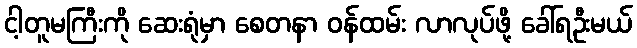
ငါ့တူမကြီးကို ဆေးရုံမှာ စေတနာ ဝန်ထမ်း လာလုပ်ဖို့ ခေါ်ရဦးမယ်